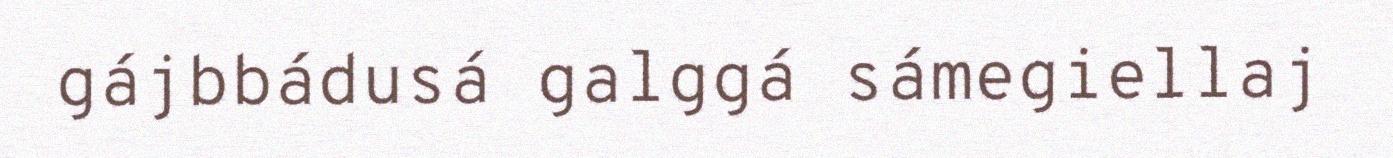
gájbbádusá galggá sámegiellaj